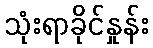
သုံးရာခိုင်နှုန်း